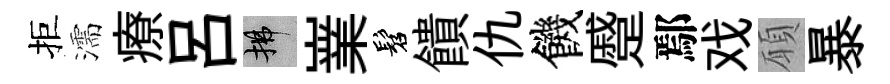
拒濡療呂拂嶪髫饋仇饑蹙鄢戏願暴